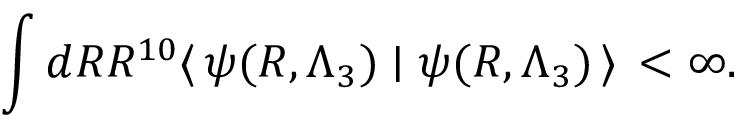
\int d R R ^ { 1 0 } \langle \, \psi ( R , \Lambda _ { 3 } ) \mid \psi ( R , \Lambda _ { 3 } ) \, \rangle \, < \infty .